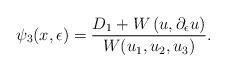
LaTeX: \begin{align*}\psi_3 (x,\epsilon)=\frac{D_1 + W\left(u,\partial_\epsilon u\right)}{W(u_1,u_2,u_3)}.\end{align*}